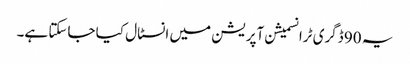
یہ 90 ڈگری ٹرانسمیشن آپریشن میں انسٹال کیا جاسکتا ہے۔